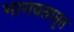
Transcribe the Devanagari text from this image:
भागवतामृत